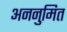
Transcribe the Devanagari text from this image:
अननुमित